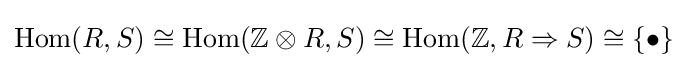
\operatorname {Hom} (R,S)\cong \operatorname {Hom} (\mathbb {Z} \otimes R,S)\cong \operatorname {Hom} (\mathbb {Z} ,R\Rightarrow S)\cong \{\bullet \}